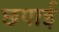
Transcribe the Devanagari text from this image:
छपार्इ